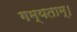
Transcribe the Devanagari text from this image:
गम्यताम्।